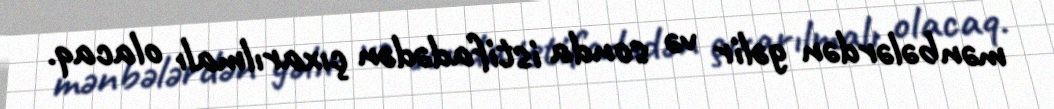
mənbələrdən gəlir və sonda istifadədən çıxarılmalı olacaq.